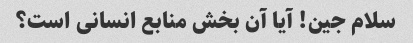
سلام جین! آیا آن بخش منابع انسانی است؟